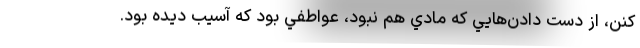
كنن، از دست دادن‌هايي كه مادي هم نبود، عواطفي بود كه آسيب ديده بود.